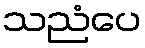
သညံပေ